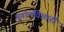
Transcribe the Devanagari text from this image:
भूगोलविज्ञानी